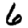
Digit: 6